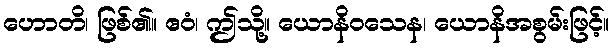
ဟောတိ၊ ဖြစ်၏။ ဧဝံ၊ ဤသို့။ ယောနိဝသေန၊ ယောနိအစွမ်းဖြင့်။